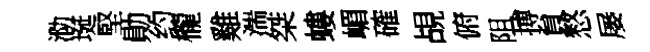
泐埏堅勛约櫳雞湍桀螻嵋確覘俯阻搏貟憗屡